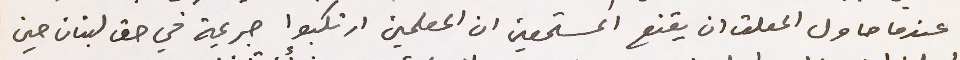
عندما حاول المعلق ان يقنع المستمعين ان المعلمين ارتكبوا جريمة في حق لبنان حين